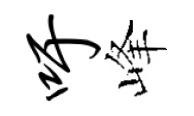
吁峰